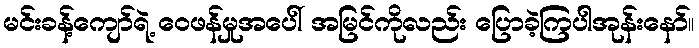
မင်းခန့်ကျော်ရဲ့ ဝေဖန်မှုအပေါ် အမြင်ကိုလည်း ပြောခဲ့ကြပါအုန်းနော်။